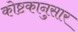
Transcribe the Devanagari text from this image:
कोष्टकानुसार